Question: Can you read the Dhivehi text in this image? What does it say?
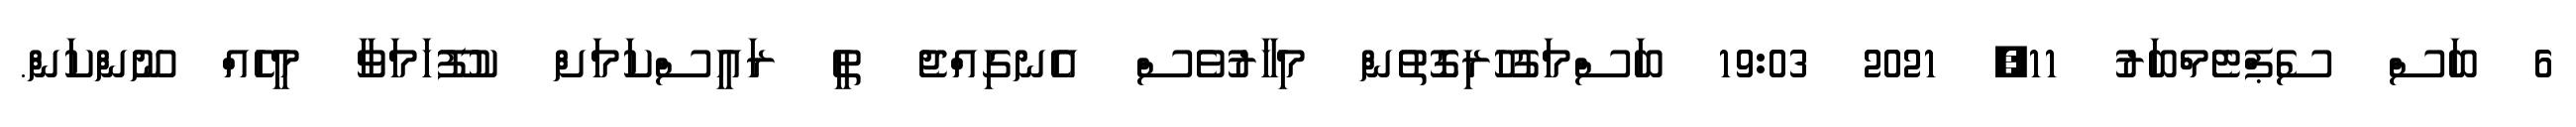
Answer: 6 ބަސް ސެޕްޓެމްބަރު 11, 2021 19:03 ބަސްމަގުހުރިގޮތުން މިހާރުވެސް އެނގިއްޖެ ތީ ރައީސްކަމަށް ކުފޫހަމަވާ މީހެއް ނޫންކަން.